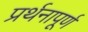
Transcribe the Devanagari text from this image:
प्रर्थनापूर्ण